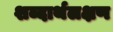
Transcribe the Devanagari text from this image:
शब्दार्थलक्षण